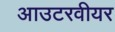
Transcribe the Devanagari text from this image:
आउटरवीयर